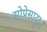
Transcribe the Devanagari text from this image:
सोप्रेसाटा